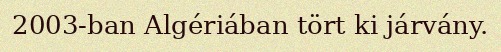
2003-ban Algériában tört ki járvány.